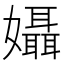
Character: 𡤙